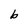
Character: b